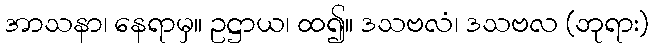
အာသနာ၊ နေရာမှ။ ဥဋ္ဌာယ၊ ထ၍။ ဒသဗလံ၊ ဒသဗလ (ဘုရား)